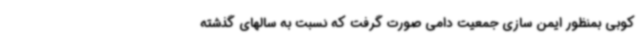
کوبی بمنظور ایمن سازی جمعیت دامی صورت گرفت که نسبت به سالهای گذشته